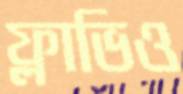
ফ্লাভিও